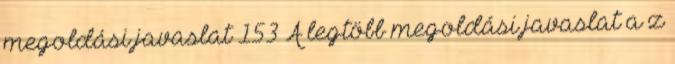
megoldási javaslat 153 A legtöbb megoldási javaslat a z